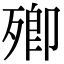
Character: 𣩃